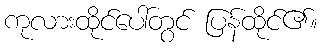
ကုလားထိုင်ပေါ်တွင် ပြန်ထိုင်၏။